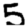
Digit: 5